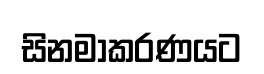
සිනමාකරණයට